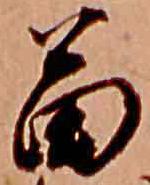
苗